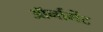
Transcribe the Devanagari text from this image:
ऑर्नामेंट